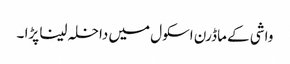
واشی کے ماڈرن اسکول میں داخلہ لینا پڑا ۔